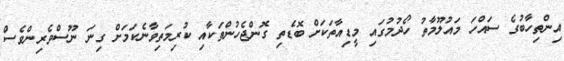
އިންތިހާބުގެ ސައްހަ މައުލޫމާތު ހޯދުމުގައި މީޑިއާތަކަށް ބޮޑެތި ގޮންޖެހުންތަކާއި ކުރިމަތިވާނެކަމަށް ގިނަ ނޫސްވެރިންވެސް